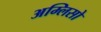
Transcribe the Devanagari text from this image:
अम्लिसो